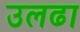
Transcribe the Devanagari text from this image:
उलढा